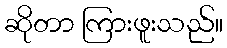
ဆိုတာ ကြားဖူးသည်။